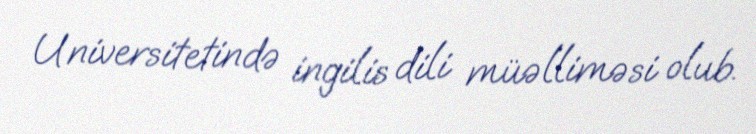
Universitetində ingilis dili müəlliməsi olub.